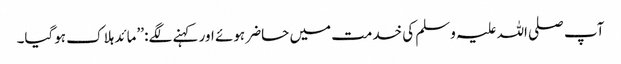
آپ صلی اللہ علیہ وسلم کی خدمت میں حاضر ہوئے اور کہنے لگے: ’’مائد ہلاک ہوگیا۔